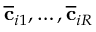
\overline { { \mathbf { c } } } _ { i 1 } , \hdots , \overline { { \mathbf { c } } } _ { i R }